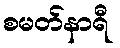
စမတ်နာရီ